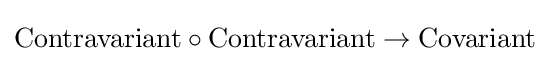
\mathrm {Contravariant} \circ \mathrm {Contravariant} \to \mathrm {Covariant}